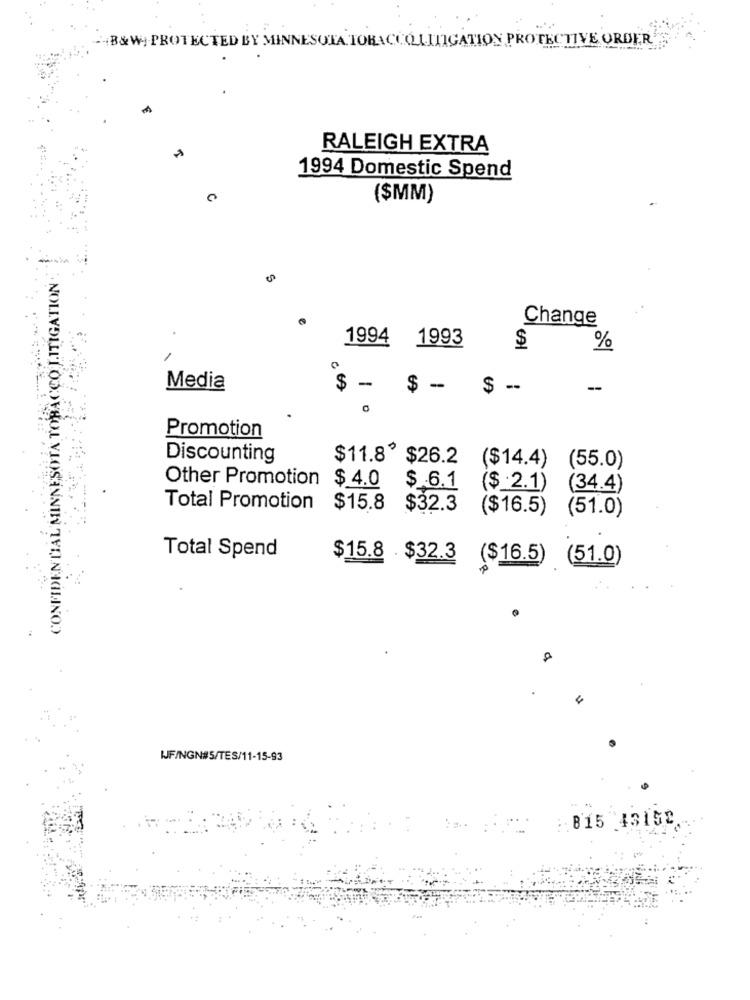
"B&W PROTECTED BY MINNESOTA TOBACCO LITIGATION PROTECTIVE ORDER
RALEIGH EXTRA
1994 Domestic Spend
($MM)
CONFIDENTIAL MINNESOTA TOBACCO LITIGATION
Change
1994 1993
$
%
Media
$ -
-
$ - $
Promotion
Discounting
$11.8º $26.2 ($14.4)
(55.0)
Other Promotion
$ 4.0 $ 6.1
($ _2.1)
(34.4)
Total Promotion
$15.8 $32.3
($16.5)
(51.0)
Total Spend
$15.8 $32.3
($16.5)
(51.0)
IJF/NGN#5/TES/11-15-93
: 815 43150